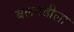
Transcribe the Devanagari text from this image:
बलगंडीला